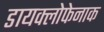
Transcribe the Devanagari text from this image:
डायक्लोफेनाक